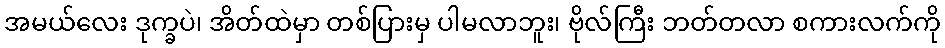
အမယ်လေး ဒုက္ခပဲ၊ အိတ်ထဲမှာ တစ်ပြားမှ ပါမလာဘူး၊ ဗိုလ်ကြီး ဘတ်တလာ စကားလက်ကို